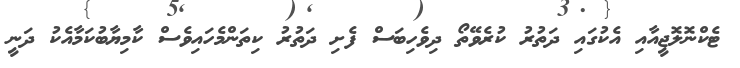
ޓެކްނޮލޮޖީއާއި އެކުގައި ދަތުރު ކުރެވޭތޯ ދިވެހިބަސް ފެށި ދަތުރު ކިތަންމެހައިވެސް ކާމިޔާބުކަމާއެކު ދަނީ